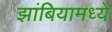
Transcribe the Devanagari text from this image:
झांबियामध्ये